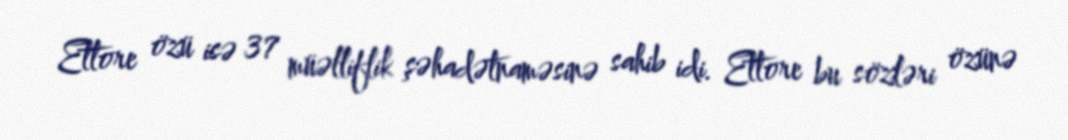
Ettore özü isə 37 müəlliflik şəhadətnaməsinə sahib idi. Ettore bu sözləri özünə